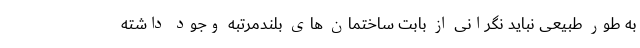
به طور طبیعی نباید نگرانی از بابت ساختمان های بلندمرتبه وجود داشته